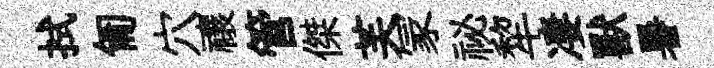
拭匍穴禳管傑芙冡祕犂凄獸暑